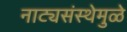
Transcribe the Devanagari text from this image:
नाट्यसंस्थेमुळे